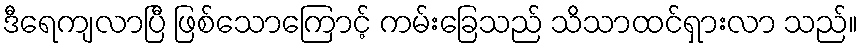
ဒီရေကျလာပြီ ဖြစ်သောကြောင့် ကမ်းခြေသည် သိသာထင်ရှားလာ သည်။